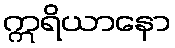
ဣရိယာနော